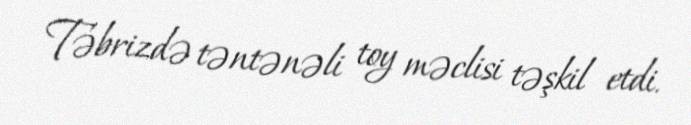
Təbrizdə təntənəli toy məclisi təşkil etdi.